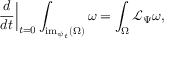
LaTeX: \left. { \frac { d } { d t } } \right| _ { t = 0 } \int _ { { \mathrm { i m } } _ { \psi _ { t } } ( \Omega ) } \omega = \int _ { \Omega } { \mathcal { L } } _ { \Psi } \omega ,